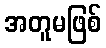
အတူမဖြစ်